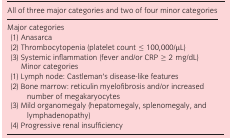
| All of three major categories and two of four minor categories |
 | --- |
 | Major categories |
 | (1) Anasarca |
 | (2) Thrombocytopenia (platelet count ≤ 100,000/μL) |
 | (3) Systemic inflammation (fever and/or CRP ≥ 2 mg/dL) |
 | Minor categories |
 | (1) Lymph node: Castleman's disease‐like features |
 | (2) Bone marrow: reticulin myelofibrosis and/or increased number of megakaryocytes |
 | (3) Mild organomegaly (hepatomegaly, splenomegaly, and lymphadenopathy) |
 | (4) Progressive renal insufficiency |